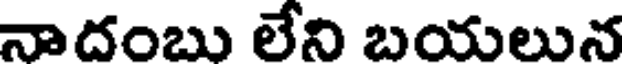
నాదంబు లేని బయలున